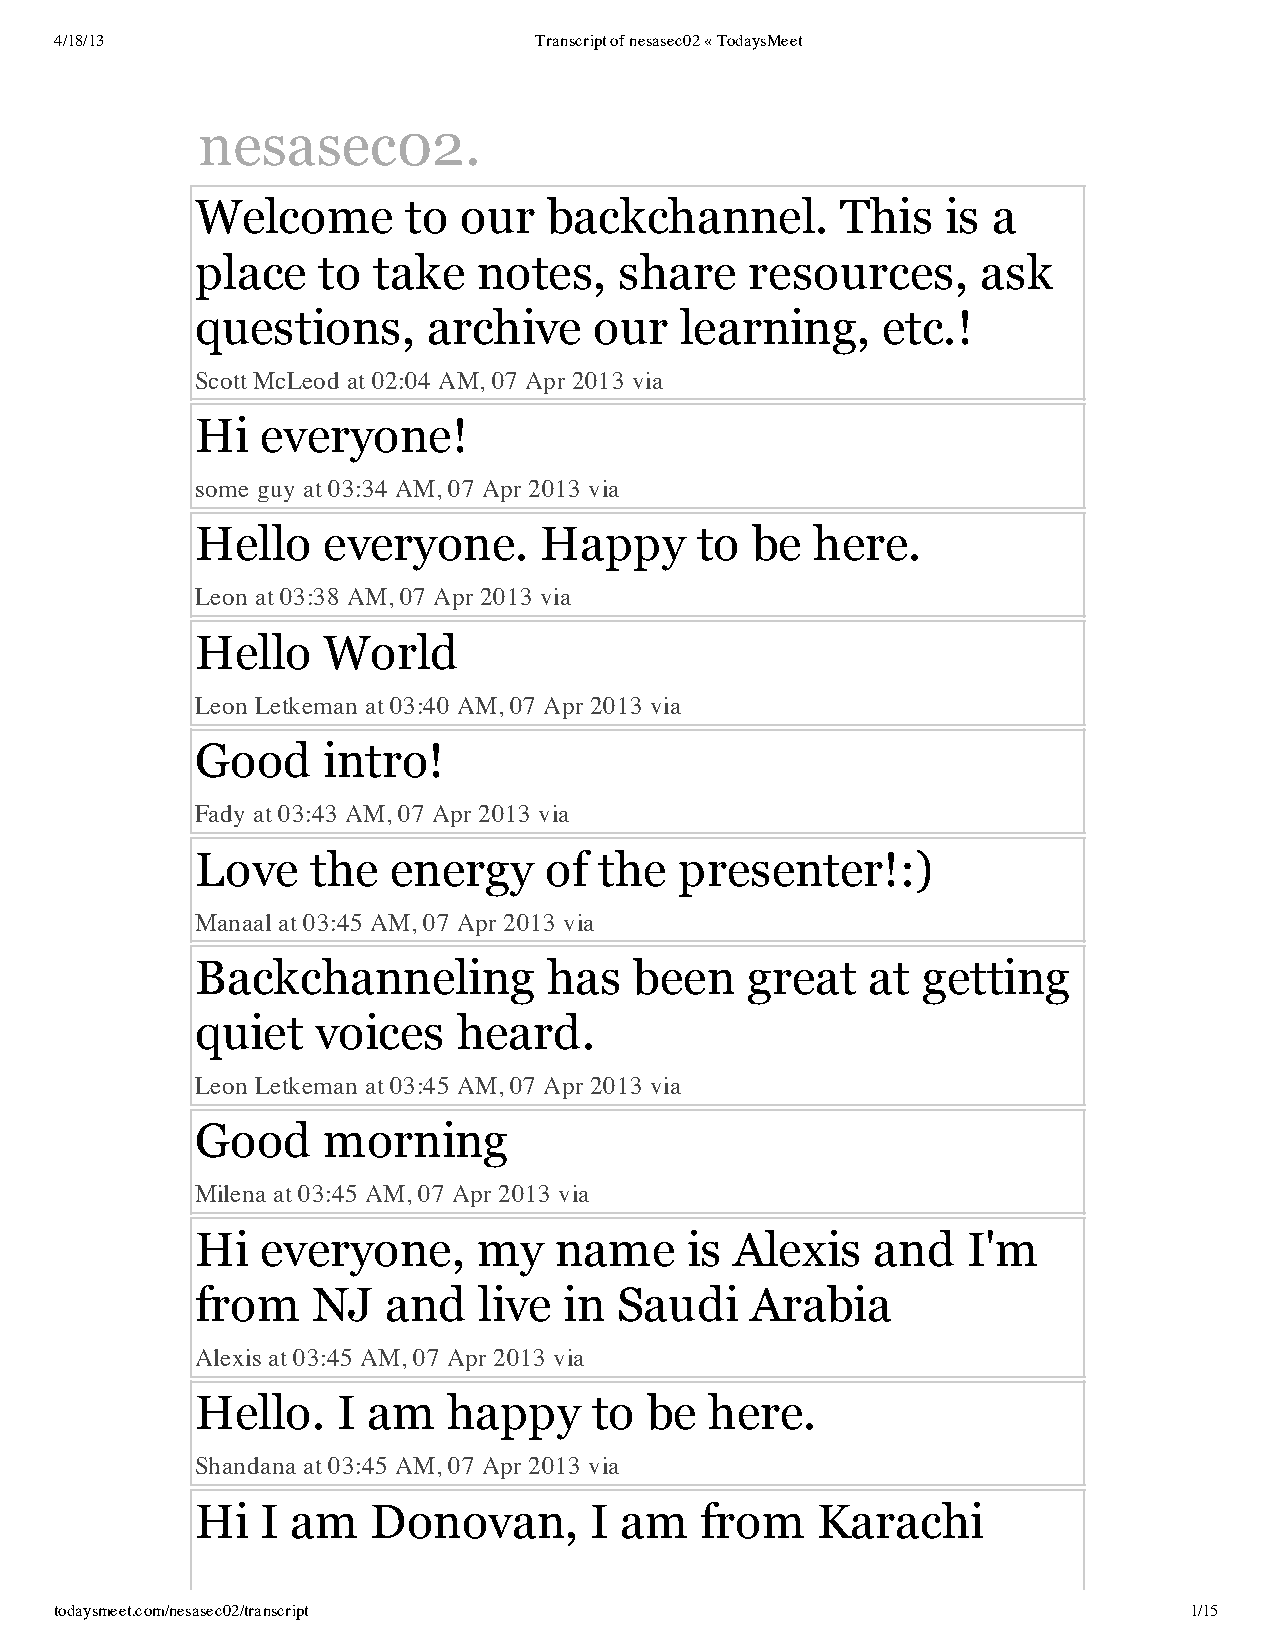
4/18/13                        Transcript of nesasec02 « TodaysMeet
 nesasec02.
 Welcome       to our   backchannel.        This   is a
 place   to  take   notes,   share    resources,     ask
 questions,     archive    our   learning,    etc.!
 Scott McLeod at 02:04 AM, 07 Apr 2013 via
 Hi  everyone!
 some guy at 03:34 AM, 07 Apr 2013 via
 Hello   everyone.      Happy     to  be  here.
 Leon at 03:38 AM, 07 Apr 2013 via
 Hello   World
 Leon Letkeman at 03:40 AM, 07 Apr 2013 via
 Good    intro!
 Fady at 03:43 AM, 07 Apr 2013 via
 Love    the  energy    of  the  presenter!:)
 Manaal at 03:45 AM, 07 Apr 2013 via
 Backchanneling         has   been   great   at  getting
 quiet   voices   heard.
 Leon Letkeman at 03:45 AM, 07 Apr 2013 via
 Good    morning
 Milena at 03:45 AM, 07 Apr 2013 via
 Hi  everyone,      my   name    is  Alexis   and   I'm
 from    NJ  and    live in  Saudi    Arabia
 Alexis at 03:45 AM, 07 Apr 2013 via
 Hello.   I am    happy    to  be  here.
 Shandana at 03:45 AM, 07 Apr 2013 via
 Hi  I am   Donovan,       I am   from    Karachi
 todaysmeet.com/nesasec02/transcript                                        1/15